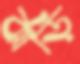
ঝাড়ি